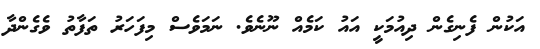
އަކުން ފެނިގެން ދިއުމަކީ އައު ކަމެއް ނޫނެވެ. ނަމަވެސް މިފަހަރު ތަފާތު ވެގެންދާ